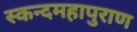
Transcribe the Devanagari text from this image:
स्कन्दमहापुराण